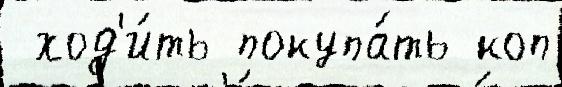
 ход'и́ть покупа́ть коп